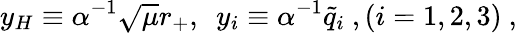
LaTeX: y_{H}\equiv\alpha^{-1}\sqrt{\mu}r_{+},\ \ y_{i}\equiv\alpha^{-1}{{\tilde{q}}_{i}}\ ,(i=1,2,3)\ ,